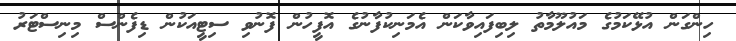
ހިންގަން އުޅޭކަމުގެ މައުލޫމާތު ލިބިފައިވާކަން އެމަނިކުފާނުގެ އޮފީހުން ފޮނުވި ސިޓީއަކުން ޑިފެންސް މިނިސްޓަރު